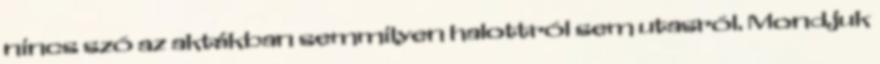
nincs szó az aktákban semmilyen halottról sem utasról. Mondjuk